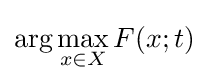
\arg \max _{x\in X}F(x;t)